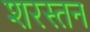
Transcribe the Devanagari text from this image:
शरस्तन